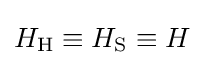
H_{\rm {H}}\equiv H_{\rm {S}}\equiv H